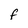
Character: f